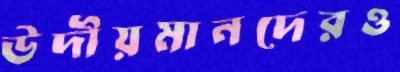
উদীয়মানদেরও